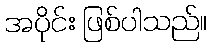
အပိုင်း ဖြစ်ပါသည်။